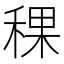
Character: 稞